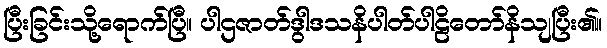
ပြီးခြင်းသို့ရောက်ပြီ။ ပါဌဇာတ်ဒွါဒသနိပါတ်ပါဠိတော်နိသျပြီး၏။